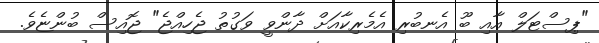
"ޕިސްޓަލް އާއި ބޫ އެނބުރި އެމެރިކާއަށް ދާންވީ ވަގުތު ޖެހިއްޖެ" ޖޮއިސް ބުންޏެވެ.